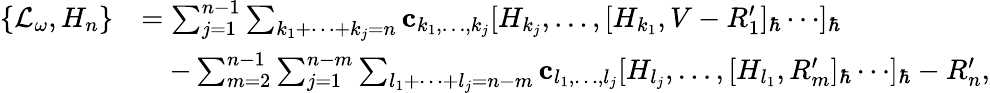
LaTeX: \begin{array}{rl}{\{ \mathcal{L}_{\omega},H_{n}\} }&{=\sum_{j=1}^{n-1}\sum_{k_{1}+\cdots+k_{j}=n}\mathbf{c}_{k_{1},\ldots,k_{j}}[H_{k_{j}},\ldots,[H_{k_{1}},V-R_{1}^{\prime}]_{\hbar}\cdots]_{\hbar}}\\ &{\quad-\sum_{m=2}^{n-1}\sum_{j=1}^{n-m}\sum_{l_{1}+\cdots+l_{j}=n-m}\mathbf{c}_{l_{1},\ldots,l_{j}}[H_{l_{j}},\ldots,[H_{l_{1}},R_{m}^{\prime}]_{\hbar}\cdots]_{\hbar}-R_{n}^{\prime},}\end{array}